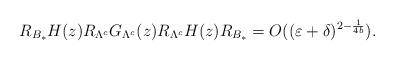
LaTeX: \begin{align*}R_{B_*}{H}(z)R_{\Lambda^c}G_{\Lambda^c}(z)R_{\Lambda^c}{H}(z)R_{B_*}=O((\varepsilon+\delta)^{2-\frac{1}{4b}}).\end{align*}